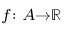
\scriptstyle f \colon A \to { \mathbb { R } }